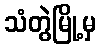
သံတွဲမြို့မှ